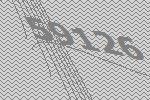
59126